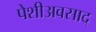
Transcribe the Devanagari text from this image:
पेशीअवसाद